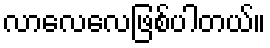
လာလေလေဖြစ်ပါတယ်။